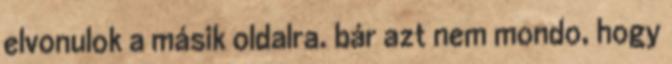
elvonulok a másik oldalra. bár azt nem mondo, hogy